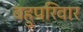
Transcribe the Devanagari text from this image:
बहुपरिवार